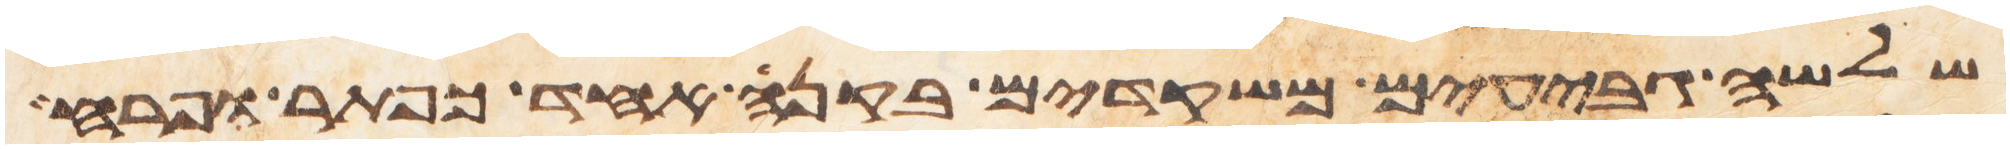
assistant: שלשה גבעים משקדים בקנה אחד כפתר ופרח